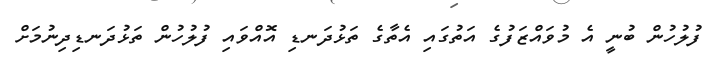
ފުލުހުން ބުނީ އެ މުވައްޒަފުގެ އަތުގައި އެތާގެ ތަޅުދަނޑި އޮއްވައި ފުލުހުން ތަޅުދަނޑިދިނުމަށް